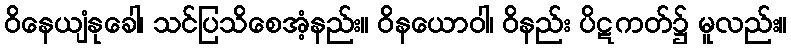
ဝိနေယျံနုခေါ၊ သင်ပြသိစေအံ့နည်း။ ဝိနယောဝါ၊ ဝိနည်း ပိဋကတ်၌ မူလည်း။